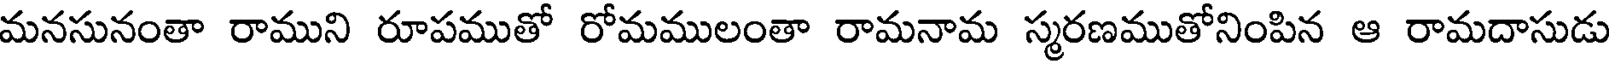
మనసునంతా రాముని రూపముతో రోమములంతా రామనామ స్మరణముతోనింపిన ఆ రామదాసుడు